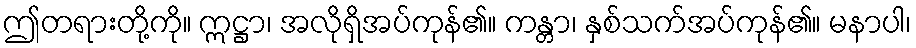
ဤတရားတို့ကို။ ဣဋ္ဌာ၊ အလိုရှိအပ်ကုန်၏။ ကန္တာ၊ နှစ်သက်အပ်ကုန်၏။ မနာပါ၊